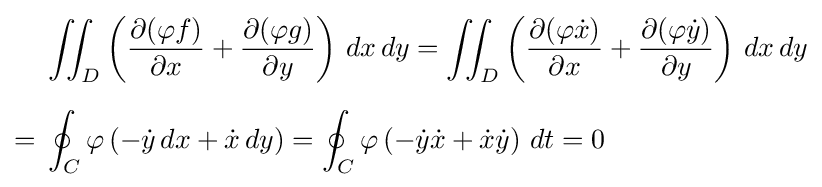
{\begin{aligned}&\iint _{D}\left({\frac {\partial (\varphi f)}{\partial x}}+{\frac {\partial (\varphi g)}{\partial y}}\right)\,dx\,dy=\iint _{D}\left({\frac {\partial (\varphi {\dot {x}})}{\partial x}}+{\frac {\partial (\varphi {\dot {y}})}{\partial y}}\right)\,dx\,dy\\[6pt]={}&\oint _{C}\varphi \left(-{\dot {y}}\,dx+{\dot {x}}\,dy\right)=\oint _{C}\varphi \left(-{\dot {y}}{\dot {x}}+{\dot {x}}{\dot {y}}\right)\,dt=0\end{aligned}}